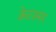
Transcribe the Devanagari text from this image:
क्रेटश्मर